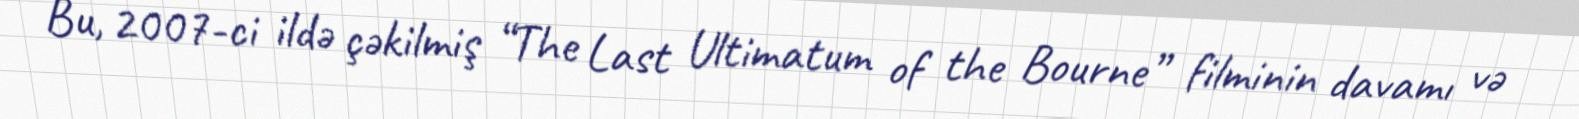
Bu, 2007-ci ildə çəkilmiş “The Last Ultimatum of the Bourne” filminin davamı və